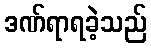
ဒဏ်ရာရခဲ့သည်